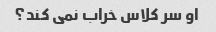
او سر کلاس خراب نمی کند؟